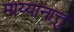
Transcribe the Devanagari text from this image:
माय्यानात्तु